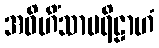
အဝိဟိံသာပရိဠာဟံ